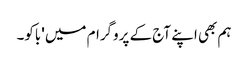
ہم بھی اپنے آج کے پروگرام میں 'باکو۔